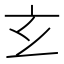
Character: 𤣥